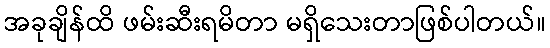
အခုချိန်ထိ ဖမ်းဆီးရမိတာ မရှိသေးတာဖြစ်ပါတယ်။